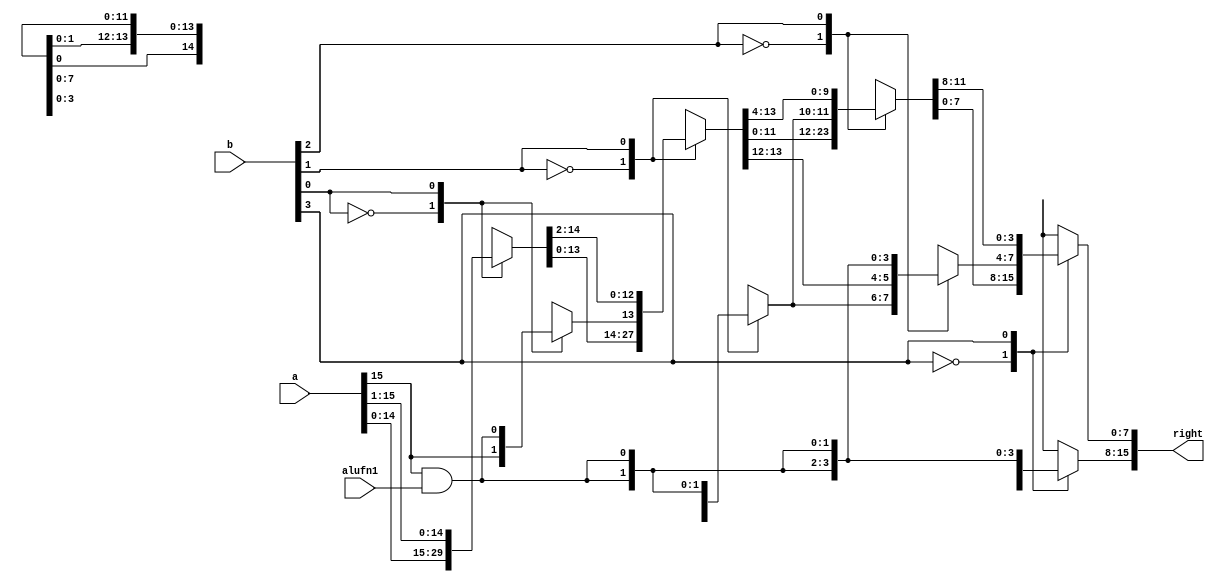
module shift_right_14 (
    input [15:0] a,
    input [3:0] b,
    input alufn1,
    output reg [15:0] right
  );
  
  
  
  reg [15:0] x;
  
  reg [15:0] y;
  
  reg [15:0] z;
  
  reg msb;
  
  always @* begin
    msb = a[15+0-:1] & alufn1;
    
    case (b[0+0-:1])
      1'h0: begin
        x = a;
      end
      1'h1: begin
        x[0+14-:15] = a[1+14-:15];
        x[15+0-:1] = msb;
      end
      default: begin
        x = a;
      end
    endcase
    
    case (b[1+0-:1])
      1'h0: begin
        y = x;
      end
      1'h1: begin
        y[0+13-:14] = x[2+13-:14];
        y[14+1-:2] = {2'h2{msb}};
      end
      default: begin
        y = x;
      end
    endcase
    
    case (b[2+0-:1])
      1'h0: begin
        z = y;
      end
      1'h1: begin
        z[0+11-:12] = y[4+11-:12];
        z[12+3-:4] = {3'h4{msb}};
      end
      default: begin
        z = y;
      end
    endcase
    
    case (b[3+0-:1])
      1'h0: begin
        right = z;
      end
      1'h1: begin
        right[0+7-:8] = z[8+7-:8];
        right[8+7-:8] = {4'h8{msb}};
      end
      default: begin
        right = z;
      end
    endcase
  end
endmodule